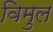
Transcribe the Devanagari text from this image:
विमुल